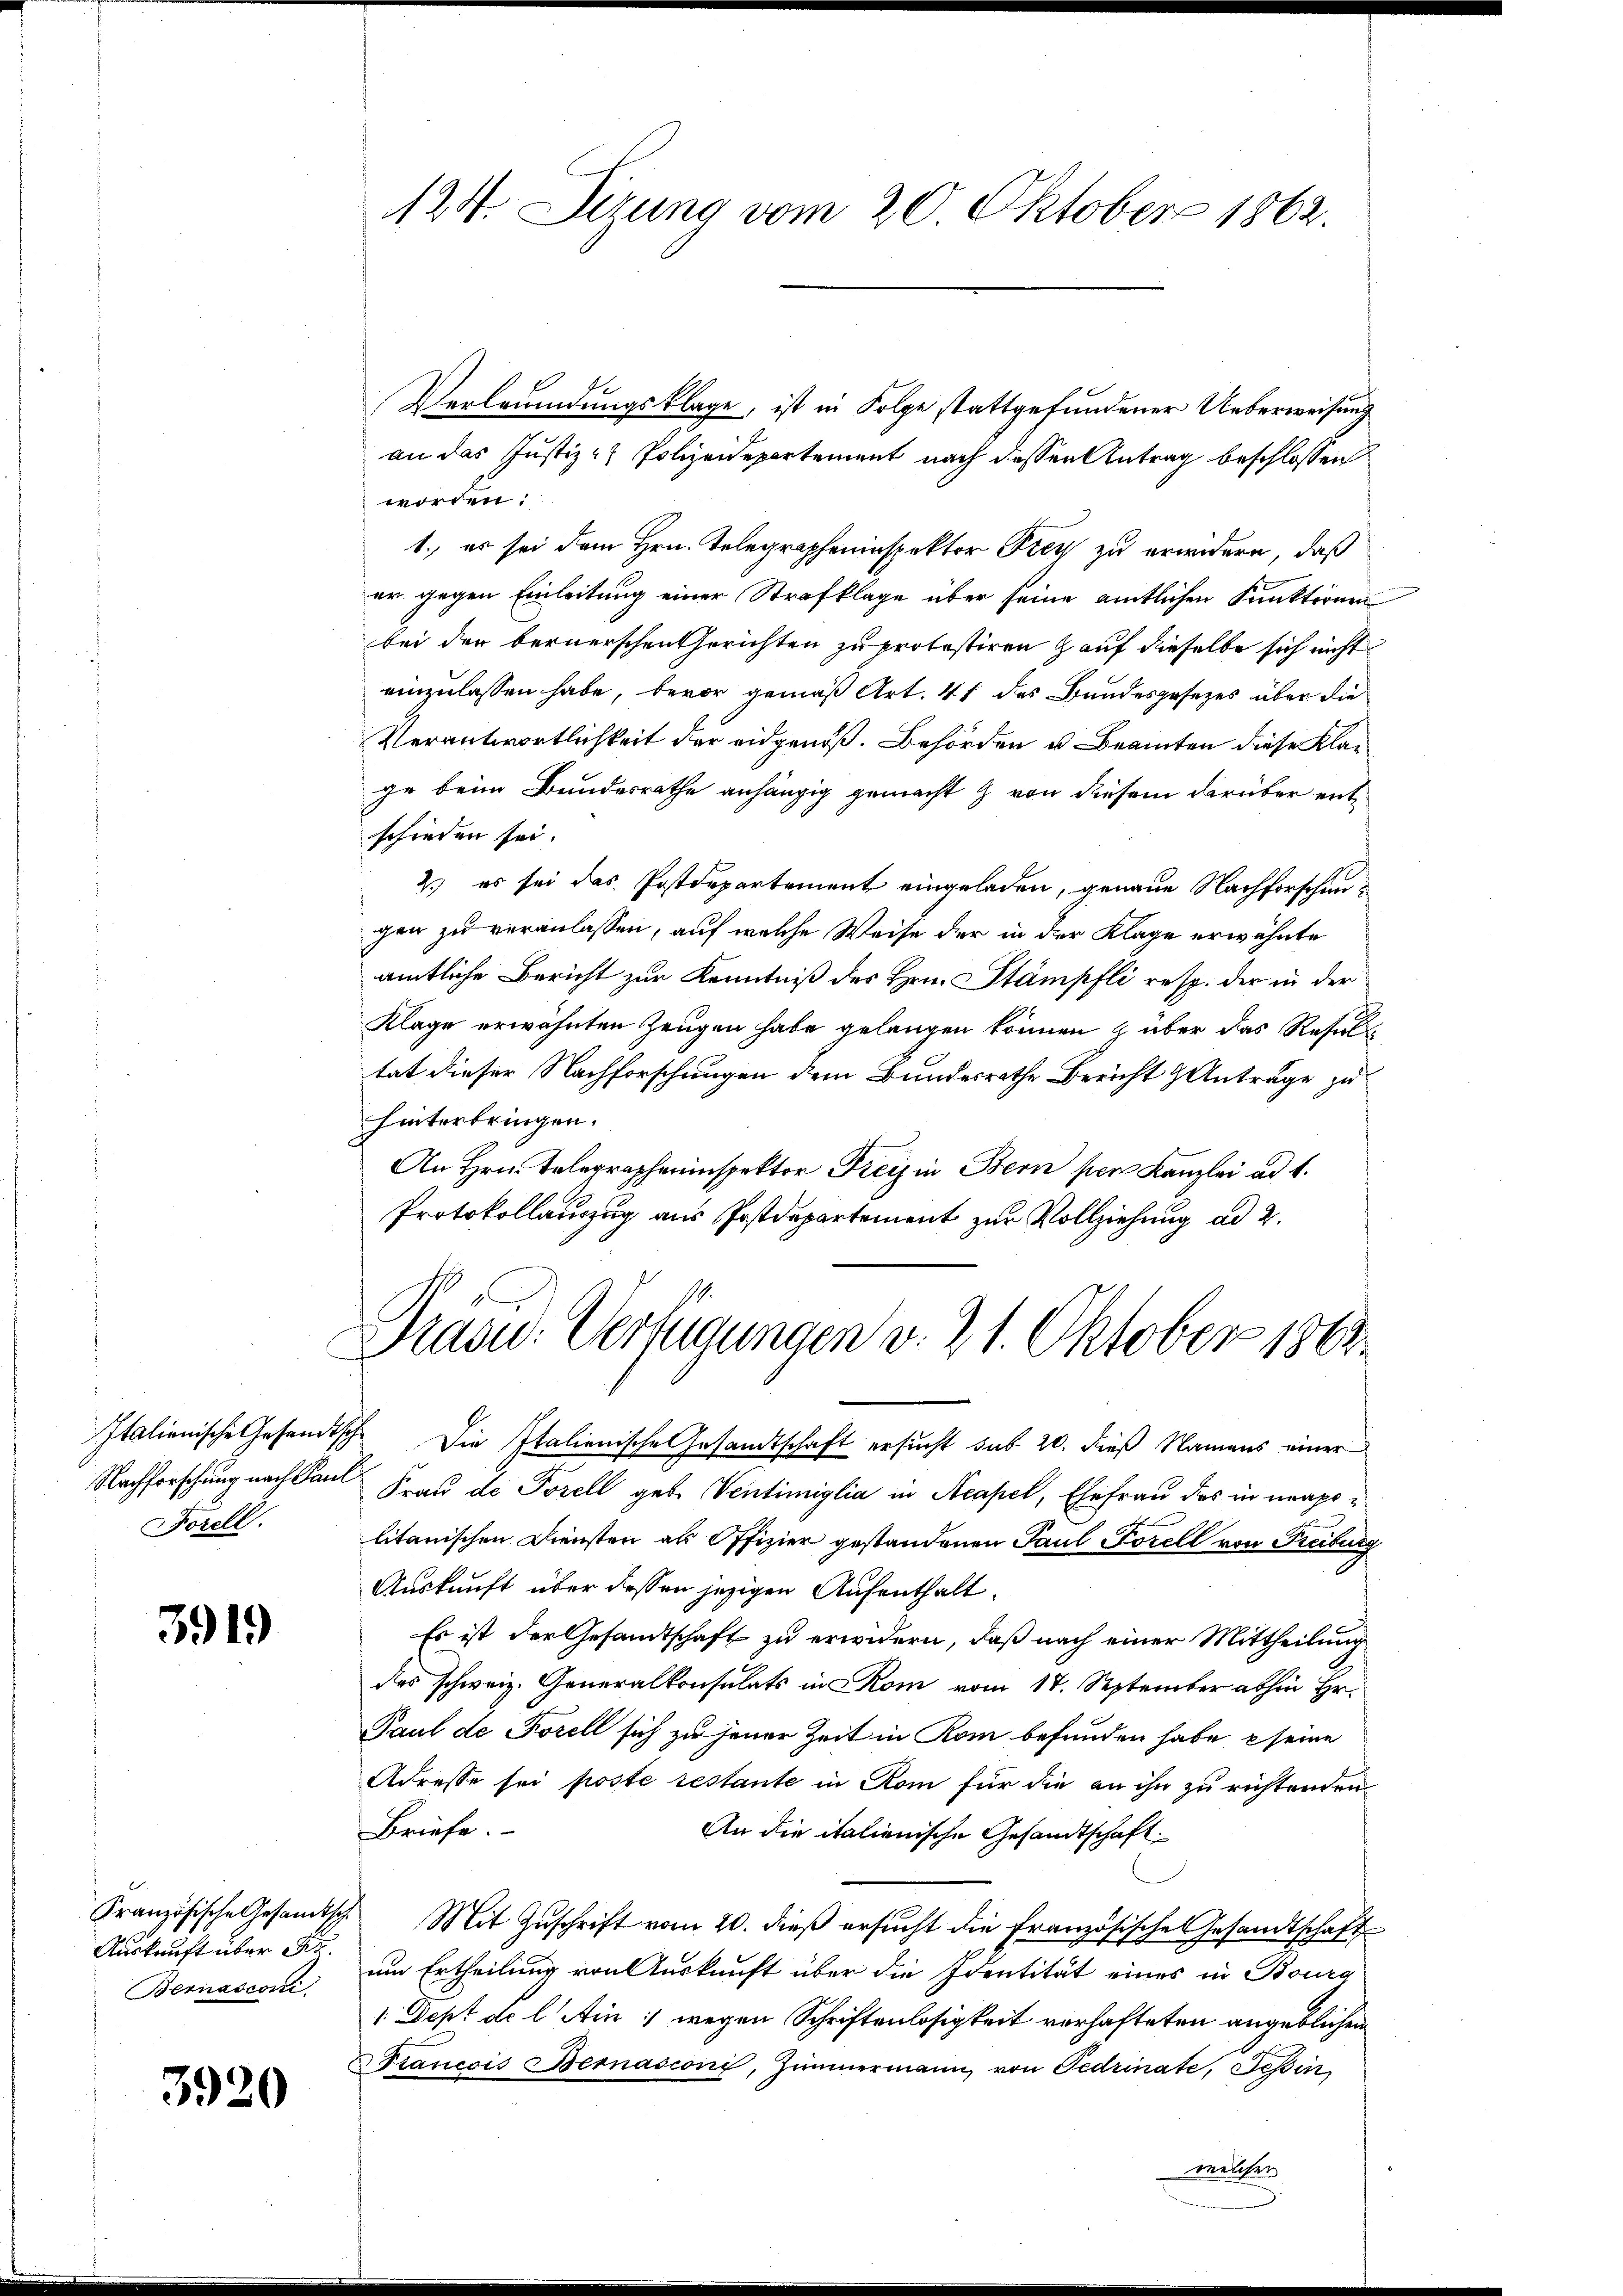
Nachforschung nach Paul
Forell.

3919

Auskauft über Sr.
Bernasconi

3920

Verbrendungsklage, ist in Folge stattgefundener Ueberweisung
an das Justiz - Polizeidepartement nach dessen Antrag beschlossen
worden:
1., er sei dem Hrn. Telegrapheninspektor Frey zu erwidern, daß
er gegen Einleitung einer Strafklage über seine amtlichen Punktionen
bei der bernerschen Gerichten zu protestiren auf dieselbe sich nicht
einzulassen habe, bevor gemäß Art. 41 des Bundesgesezes über die
Verantwortlichkeit der eidgenöß. Behörden u. Beamten diese Klage beim Bundesrathe anhängig gemacht & von diesem darüber entschieden sei.
2.) es sei das Postdepartement eingeladen, genaue Nachforschengen zu veranlassen, auf welche Weise der in der Klage erwähnte
amtliche Bericht zur Kenntniß des Hrn. Stämpfli resp. der in der
Klage erwähnten Zeugen habe gelangen können & über das Resultat dieser Nachforschungen dem Bundesrathe Bericht Anträge zu
hinterbringen.
An Hrn. Telegrapheninspektor Freis in Bern per Kanzlei ad 1.
Protokollauszug aus Postdepartement zur Vollziehung ad 2.

124. Sizung vom 20. Oktober 1862.

Präsid. Verfügungen v. 21. Oktober 1863.

Italienische Gesandtsch. Die Italienische Gesandtschaft ersucht sub 20. dieß Namens einer
Frau de Forell geb. Ventimiglia in Acapel, Ehefrau des in unapolitanischen Diensten als Offizier gestandenen Paul Forell von Freiburg
Auskunft über dessen jetzigen Aufenthalt.
Es ist der Gesandtschaft zu erwidern, daß nach einer Mittheilung
des schweiz. Generalkonsulats in Rom vom 17. September abhin Hr.
Paul de Forell sich zu jener Zeit in Rom befunden habe seine
Adresse sei poste restante in Rom für die an ihn zu richtenden
Briefe.
An die italienische Gesandtschaft
Französische Gesamtsch Mit Zŭschrift vom 20. dieß ersŭcht die Französische Gesandtschaft
um Ertheilung von Auskunft über die Identität eines in Bourg
1. Sept de l Ain : wegen Schriftenlosigkeit verhafteten angeblichen
Francois Bernasconi, Zimmermann von Fedrinate, Tessin,
welcher